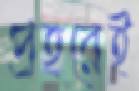
প্রহরেই